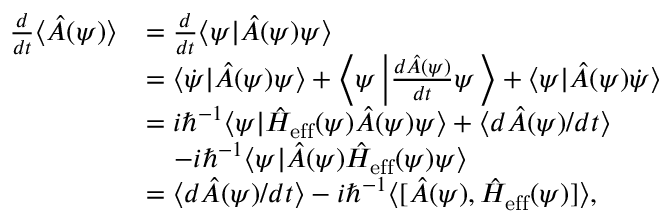
\begin{array} { r l } { \frac { d } { d t } \langle \hat { A } ( \psi ) \rangle } & { = \frac { d } { d t } \langle \psi | \hat { A } ( \psi ) \psi \rangle } \\ & { = \langle \dot { \psi } | \hat { A } ( \psi ) \psi \rangle + \left\langle \psi \left\vert \frac { d \hat { A } ( \psi ) } { d t } \psi \right. \right\rangle + \langle \psi | \hat { A } ( \psi ) \dot { \psi } \rangle } \\ & { = i \hbar ^ { - 1 } \langle \psi | \hat { H } _ { \mathrm { e f f } } ( \psi ) \hat { A } ( \psi ) \psi \rangle + \langle d \hat { A } ( \psi ) / d t \rangle } \\ & { ~ ~ ~ - i \hbar ^ { - 1 } \langle \psi | \hat { A } ( \psi ) \hat { H } _ { \mathrm { e f f } } ( \psi ) \psi \rangle } \\ & { = \langle d \hat { A } ( \psi ) / d t \rangle - i \hbar ^ { - 1 } \langle \lbrack \hat { A } ( \psi ) , \hat { H } _ { \mathrm { e f f } } ( \psi ) ] \rangle , } \end{array}